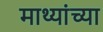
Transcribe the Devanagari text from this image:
माथ्यांच्या